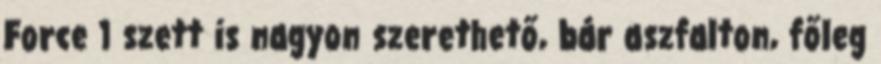
Force 1 szett is nagyon szerethető, bár aszfalton, főleg